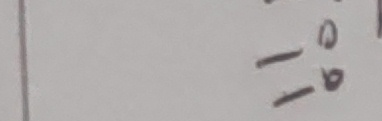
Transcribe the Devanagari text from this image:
-१७०